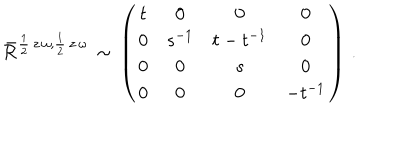
\bar { \cal R } ^ { \frac { 1 } { 2 } \, z \, \omega , \frac { 1 } { 2 } \, z \, \omega } \, \sim \, \left( \begin{array} { c c c c } { { t } } & { { 0 } } & { { 0 } } & { { 0 } } \\ { { 0 } } & { { s ^ { - 1 } } } & { { t - t ^ { - 1 } } } & { { 0 } } \\ { { 0 } } & { { 0 } } & { { s } } & { { 0 } } \\ { { 0 } } & { { 0 } } & { { 0 } } & { { - t ^ { - 1 } } } \\ \end{array} \right) \, .